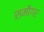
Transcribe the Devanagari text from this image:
समौगर